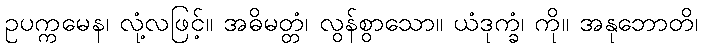
ဥပက္ကမေန၊ လုံ့လဖြင့်။ အဓိမတ္တံ၊ လွန်စွာသော။ ယံဒုက္ခံ၊ ကို။ အနုဘောတိ၊